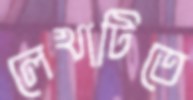
লেখাটিতে